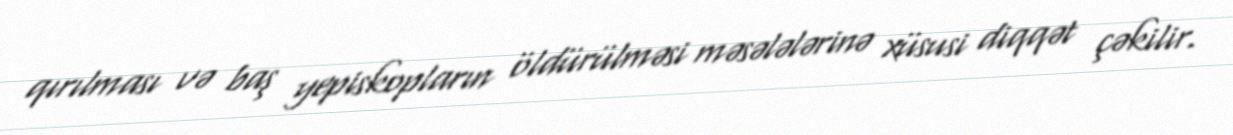
qırılması və baş yepiskopların öldürülməsi məsələlərinə xüsusi diqqət çəkilir.